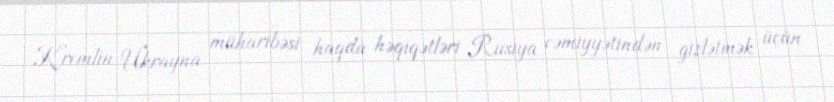
Kremlin Ukrayna müharibəsi haqda həqiqətləri Rusiya cəmiyyətindən gizlətmək üçün